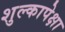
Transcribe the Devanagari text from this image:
शुल्कापेक्षा